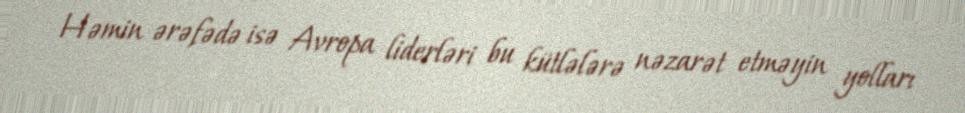
Həmin ərəfədə isə Avropa liderləri bu kütlələrə nəzarət etməyin yolları